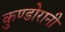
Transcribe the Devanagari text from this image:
कुण्‍डोरानी